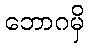
ဘောဂမှိ